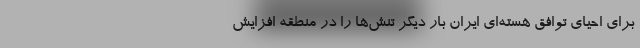
برای احیای توافق هسته‌ای ایران بار دیگر تنش‌ها را در منطقه افزایش